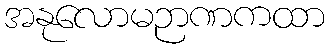
အနုလောမဉာဏကထာ